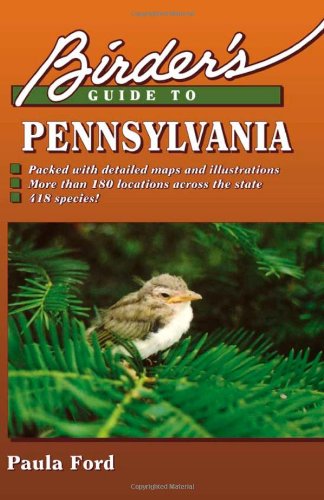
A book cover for Birder's Guide to Pennsylvania; Paula Ford; Travel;